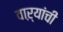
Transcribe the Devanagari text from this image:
वाऱ्यांची